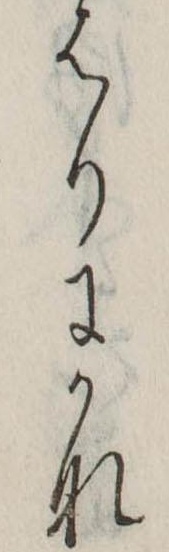
はりにかな